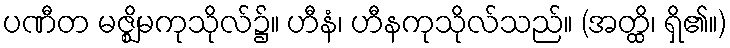
ပဏီတ မဇ္ဈိမကုသိုလ်၌။ ဟီနံ၊ ဟီနကုသိုလ်သည်။ (အတ္ထိ၊ ရှိ၏။)